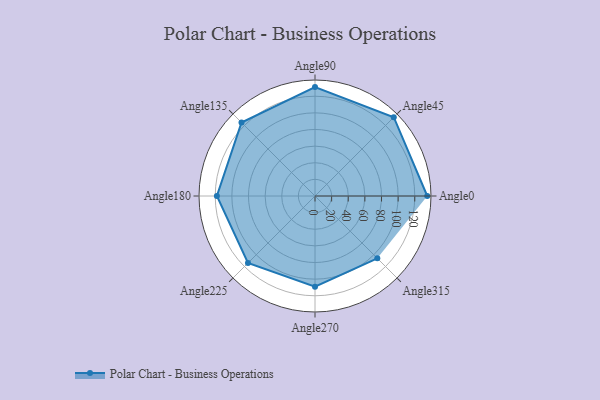
{"axis": {"x": "Angle", "y": "Radius"}, "legend": [""], "data": [{"x": "Angle0", "y": 135.0, "type": ""}, {"x": "Angle45", "y": 134.0, "type": ""}, {"x": "Angle90", "y": 131.0, "type": ""}, {"x": "Angle135", "y": 125.0, "type": ""}, {"x": "Angle180", "y": 118.0, "type": ""}, {"x": "Angle225", "y": 114.0, "type": ""}, {"x": "Angle270", "y": 109.0, "type": ""}, {"x": "Angle315", "y": 106.0, "type": ""}]}